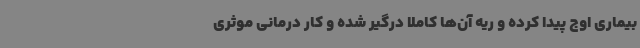
بیماری اوج پیدا کرده و ریه آن‌ها کاملا درگیر شده و کار درمانی موثری